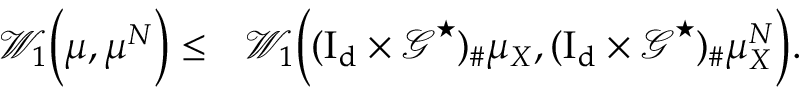
\begin{array} { r l } { \mathcal { W } _ { 1 } \Big ( \mu , \mu ^ { N } \Big ) \le } & { \mathcal { W } _ { 1 } \Big ( ( \boldsymbol { \mathrm { I _ { d } } } \times \boldsymbol { \mathcal { G } } ^ { \star } ) _ { \# } \mu _ { X } , ( \boldsymbol { \mathrm { I _ { d } } } \times \boldsymbol { \mathcal { G } } ^ { \star } ) _ { \# } \mu _ { X } ^ { N } \Big ) . } \end{array}